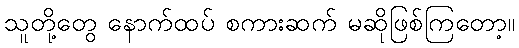
သူတို့တွေ နောက်ထပ် စကားဆက် မဆိုဖြစ်ကြတော့။